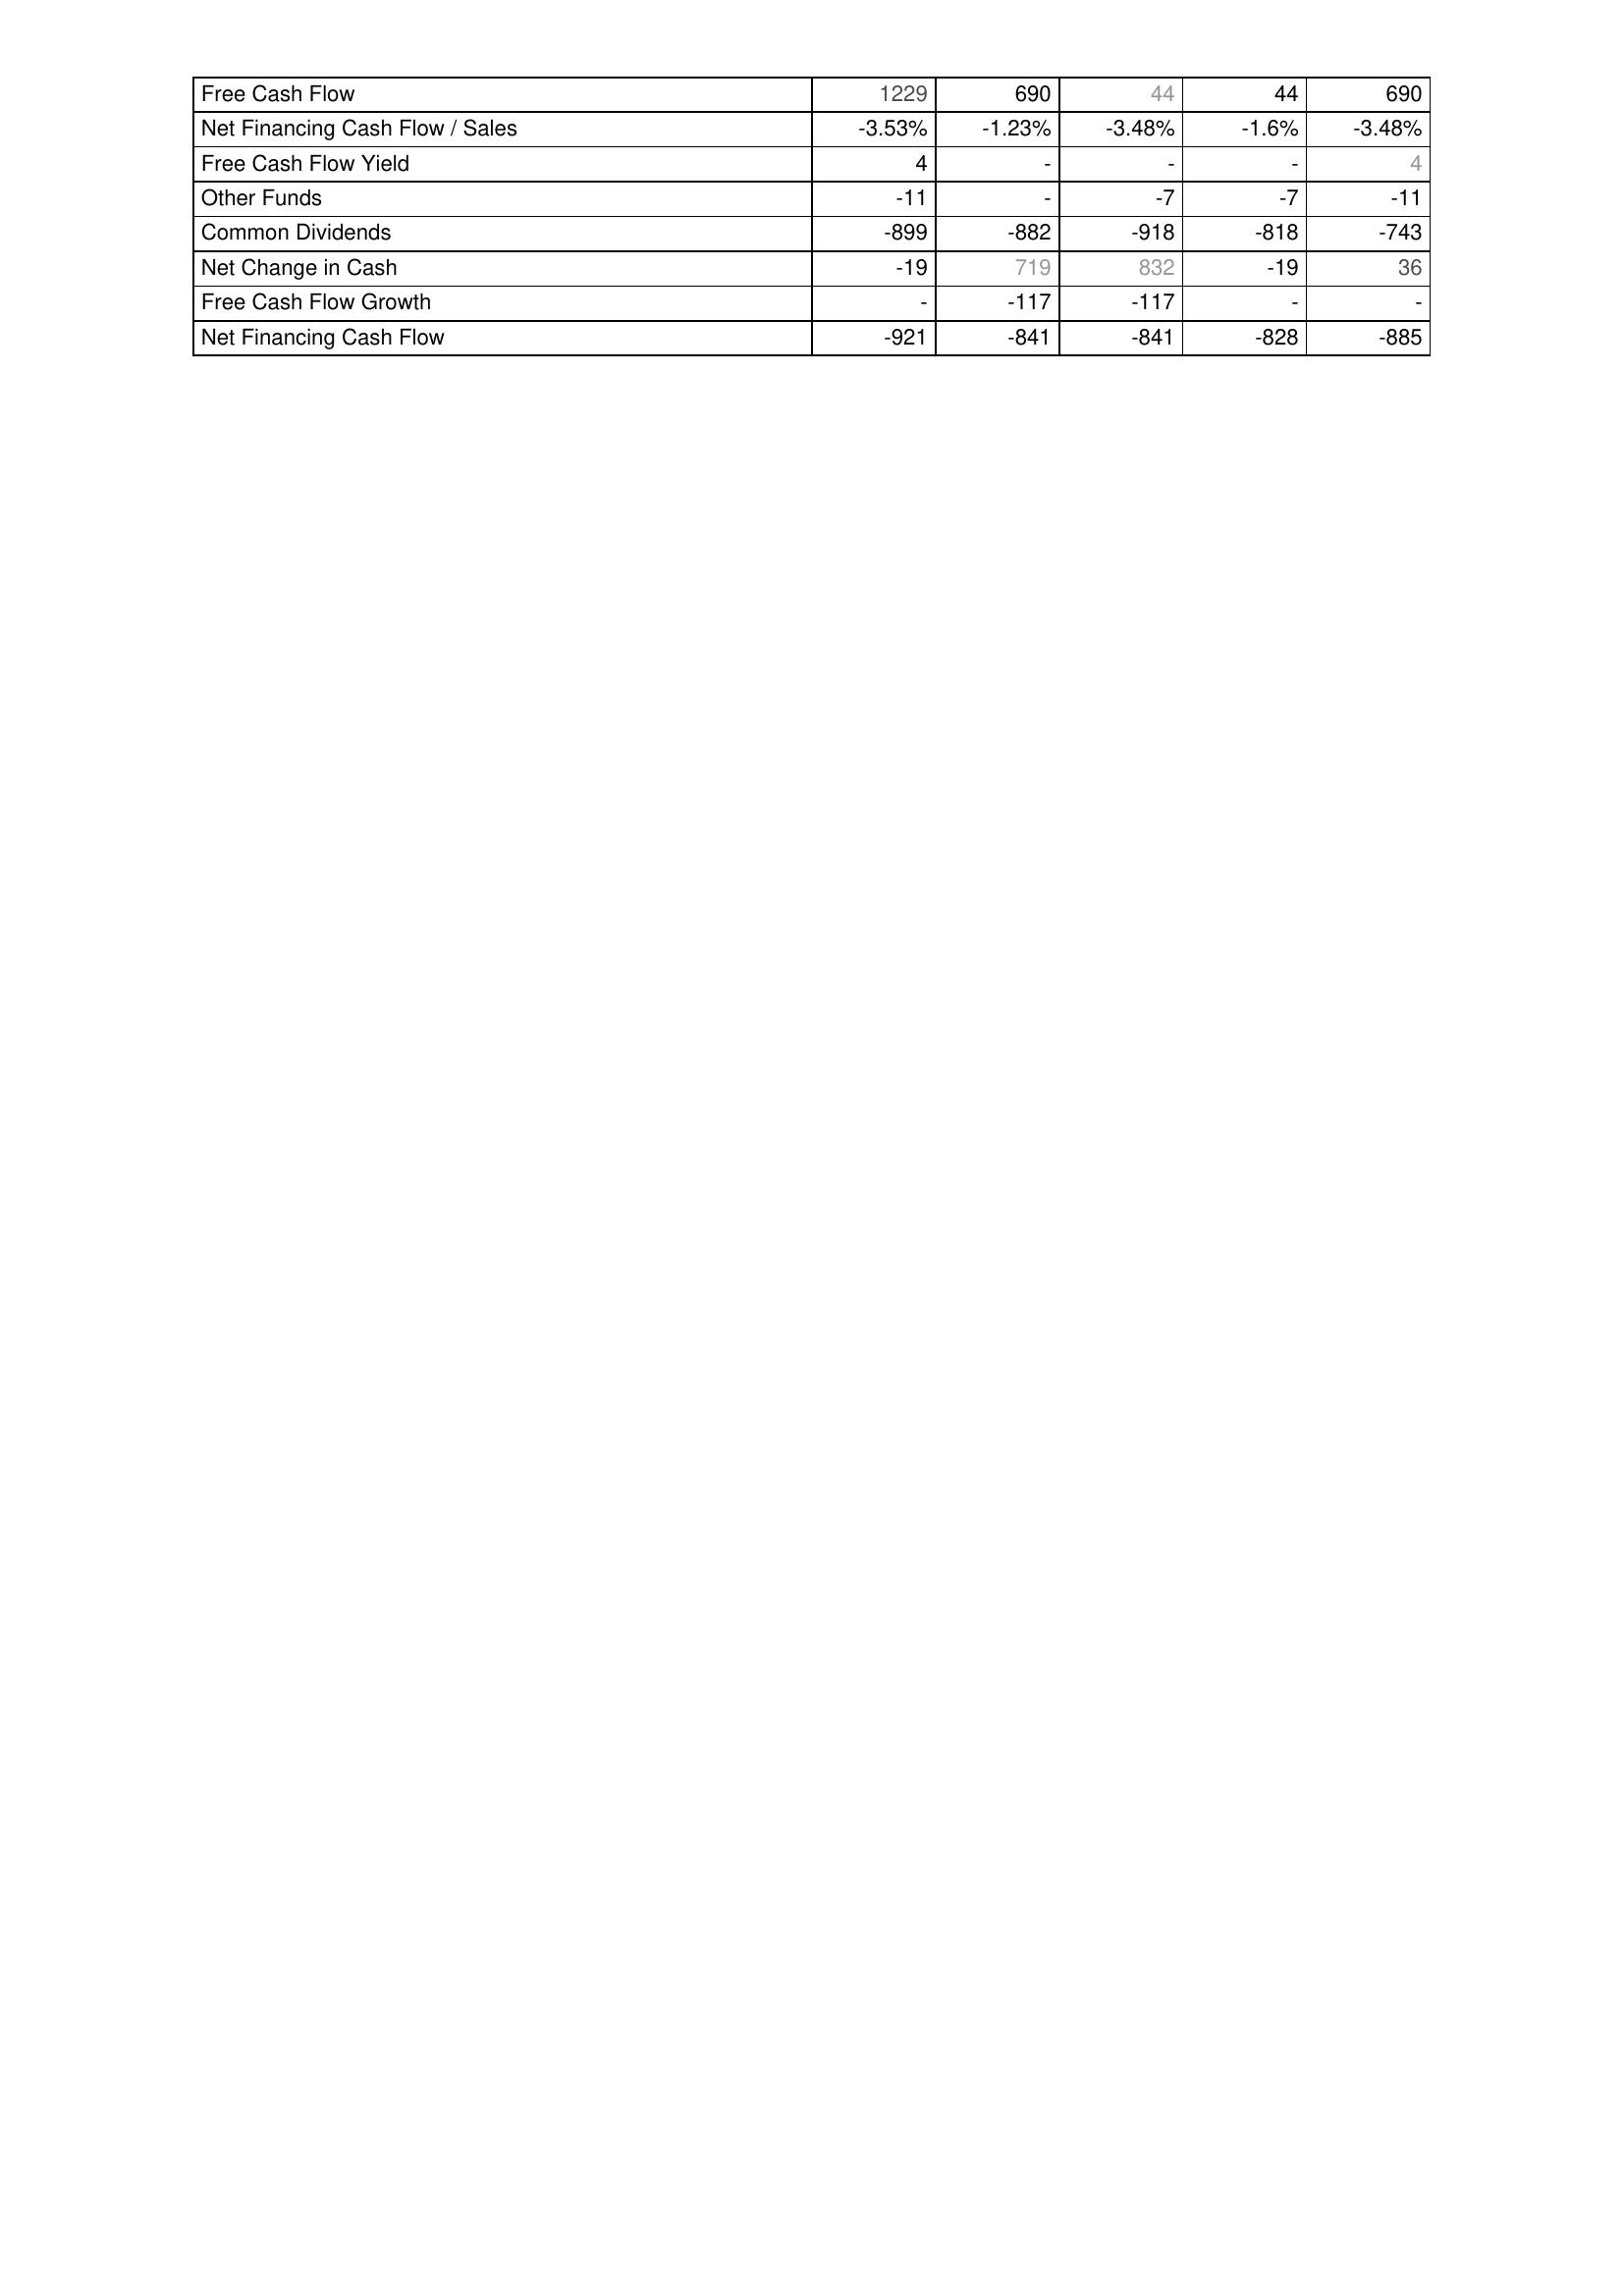
2011: Financing Activities: Free Cash Flow: 1229
Net Financing Cash Flow / Sales: -3.53%
Free Cash Flow Yield: 4
Other Funds: -11
Common Dividends: -899
Net Change in Cash: -19
Free Cash Flow Growth: -
Net Financing Cash Flow: -921
2012: Financing Activities: Free Cash Flow: 690
Net Financing Cash Flow / Sales: -1.23%
Free Cash Flow Yield: -
Other Funds: -
Common Dividends: -882
Net Change in Cash: 719
Free Cash Flow Growth: -117
Net Financing Cash Flow: -841
2013: Financing Activities: Free Cash Flow: 44
Net Financing Cash Flow / Sales: -3.48%
Free Cash Flow Yield: -
Other Funds: -7
Common Dividends: -918
Net Change in Cash: 832
Free Cash Flow Growth: -117
Net Financing Cash Flow: -841
2014: Financing Activities: Free Cash Flow: 44
Net Financing Cash Flow / Sales: -1.6%
Free Cash Flow Yield: -
Other Funds: -7
Common Dividends: -818
Net Change in Cash: -19
Free Cash Flow Growth: -
Net Financing Cash Flow: -828
2015: Financing Activities: Free Cash Flow: 690
Net Financing Cash Flow / Sales: -3.48%
Free Cash Flow Yield: 4
Other Funds: -11
Common Dividends: -743
Net Change in Cash: 36
Free Cash Flow Growth: -
Net Financing Cash Flow: -885